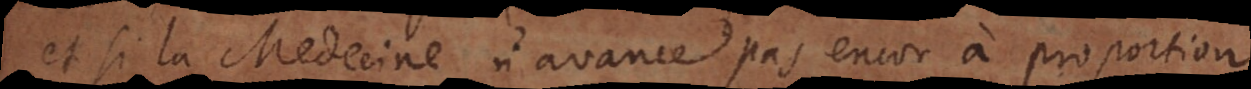
et si la Medecine n’avance pas encor à proportion